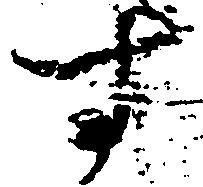
す